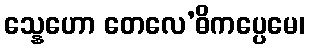
သ္နေဟော တေလေ’ဓိကပ္ပေမေ၊